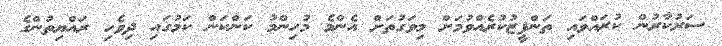
ސަރުކާރުން ކުރައްވައި ތަންފީޒުކުރެއްވުމަށް މިވަގުތަށް އެންމެ މުހިންމު ކަންކަން ކަމުގައި ދިވެހި ރައްޔިތުންގެ